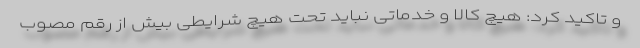
و تاکید کرد: هیچ کالا و خدماتی نباید تحت هیچ شرایطی بیش از رقم مصوب